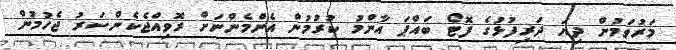
މަރުވަމުން ދިޔަ ދަރިފުޅުގެ ފޮޓޯ ބައްޕަ އާންމު ކުރުމުން އެންމެންނަށް ރޮވިއްޖެކެންސަރު ޖެހުމުން